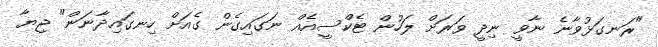
"ރަނގަޅުވާނެ ނާވީ ނިދީ ވަރަށް ލަހުން ޓެކްސީއެއް ނަގައިގެން ގެއަށް ހިނގައިދާނަން" ޖިޔާ